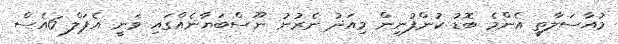
މުއާސަލާތީ އެންމެ ބޮޑު ކުންފުނިން މިއަދު ނެރުނު ނޫސްބަޔާނެއްގައި ވަނީ އެޕަލް 6އެސް